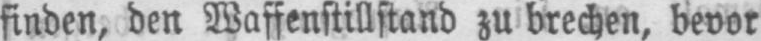
finden, den Waffenstillstand zu brechen, bevor